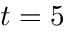
t = 5